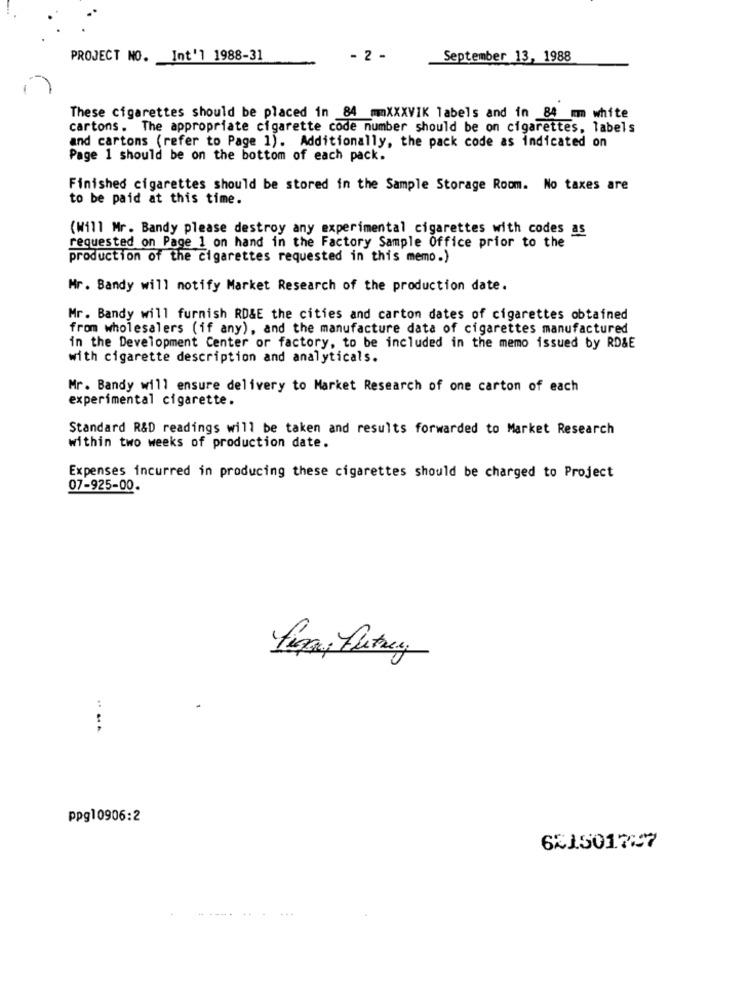
PROJECT NO. Int'l 1988-31
- 2 -
September 13, 1988
These cigarettes should be placed in 84 mmXXXVIK labels and in 84 mm white
cartons. The appropriate cigarette code number should be on cigarettes, labels
and cartons (refer to Page 1). Additionally, the pack code as indicated on
Page 1 should be on the bottom of each pack.
Finished cigarettes should be stored in the Sample Storage Room. No taxes are
to be paid at this time.
(Will Mr. Bandy please destroy any experimental cigarettes with codes as
requested on Page 1 on hand in the Factory Sample Office prior to the
production of the cigarettes requested in this memo.)
Mr. Bandy will notify Market Research of the production date.
Mr. Bandy will furnish RD&E the cities and carton dates of cigarettes obtained
from wholesalers (if any), and the manufacture data of cigarettes manufactured
in the Development Center or factory, to be included in the memo issued by RD&E
with cigarette description and analyticals.
Mr. Bandy will ensure delivery to Market Research of one carton of each
experimental cigarette.
Standard R&D readings will be taken and results forwarded to Market Research
within two weeks of production date.
Expenses incurred in producing these cigarettes should be charged to Project
07-925-00.
..
ppg10906:2
621501727
...